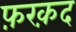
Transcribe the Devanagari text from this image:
फ़रक़द